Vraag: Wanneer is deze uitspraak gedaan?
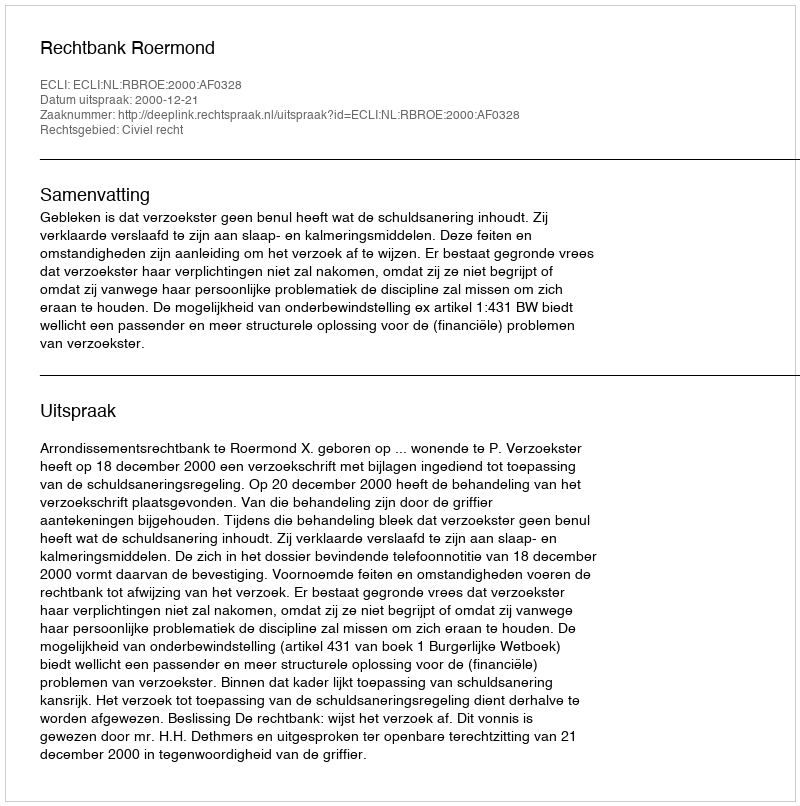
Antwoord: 2000-12-21